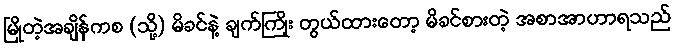
မြိုတဲ့အချိန်ကစ (သို့) မိခင်နဲ့ ချက်ကြိုး တွယ်ထားတော့ မိခင်စားတဲ့ အစာအာဟာရသည်